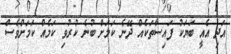
އަދި އެއީ ބަޔަކު ފައިސާތަކެއް ދޭނެ ކަމަށް ބުނެ ކުރުވި ކަމެއް ކަމަށްވެސް